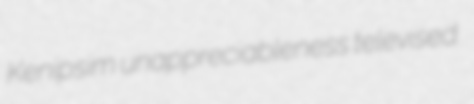
Kenipsim unappreciableness televised